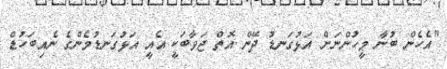
"އެހެން ބުނާ މީހުންނަށް އަޅުގަނޑު ދޭން އޮތް ޖަވާބަކީ އެއީ އަޅުގަނޑުމެންގެ ނެއިބަހުޑް